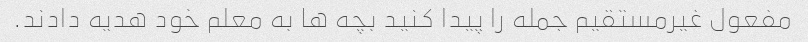
مفعول غیرمستقیم جمله را پیدا کنید بچه ها به معلم خود هدیه دادند.